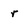
Character: r